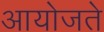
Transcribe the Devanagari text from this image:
आयोजते